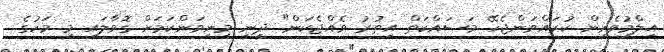
އިލްމުވެރިން ކުރައްވަންޖެހޭ މަސައްކަތް އިތުރު ވެއްޖެކަން" ދީނީ މިނިވަންކަމަށް ގޮވާލައި މި މަހުގެ